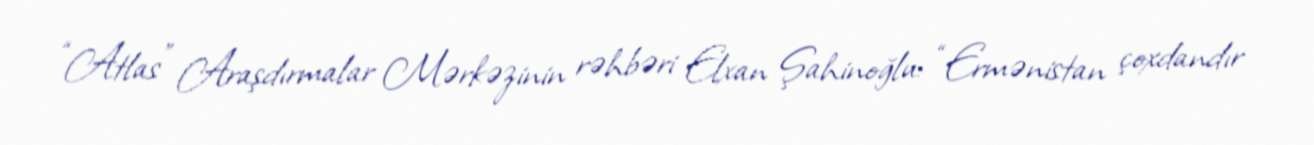
“Atlas” Araşdırmalar Mərkəzinin rəhbəri Elxan Şahinoğlu: “Ermənistan çoxdandır